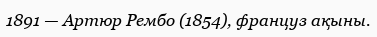
1891 — Артюр Рембо (1854), француз ақыны.